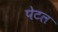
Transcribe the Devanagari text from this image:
पेटल